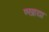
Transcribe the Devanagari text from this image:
ण्खाद्या